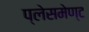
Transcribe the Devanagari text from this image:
प्लेसमेण्ट